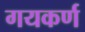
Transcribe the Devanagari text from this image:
गयकर्ण